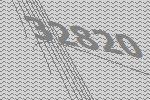
32820